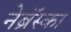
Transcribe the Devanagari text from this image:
नेब्रॅस्का